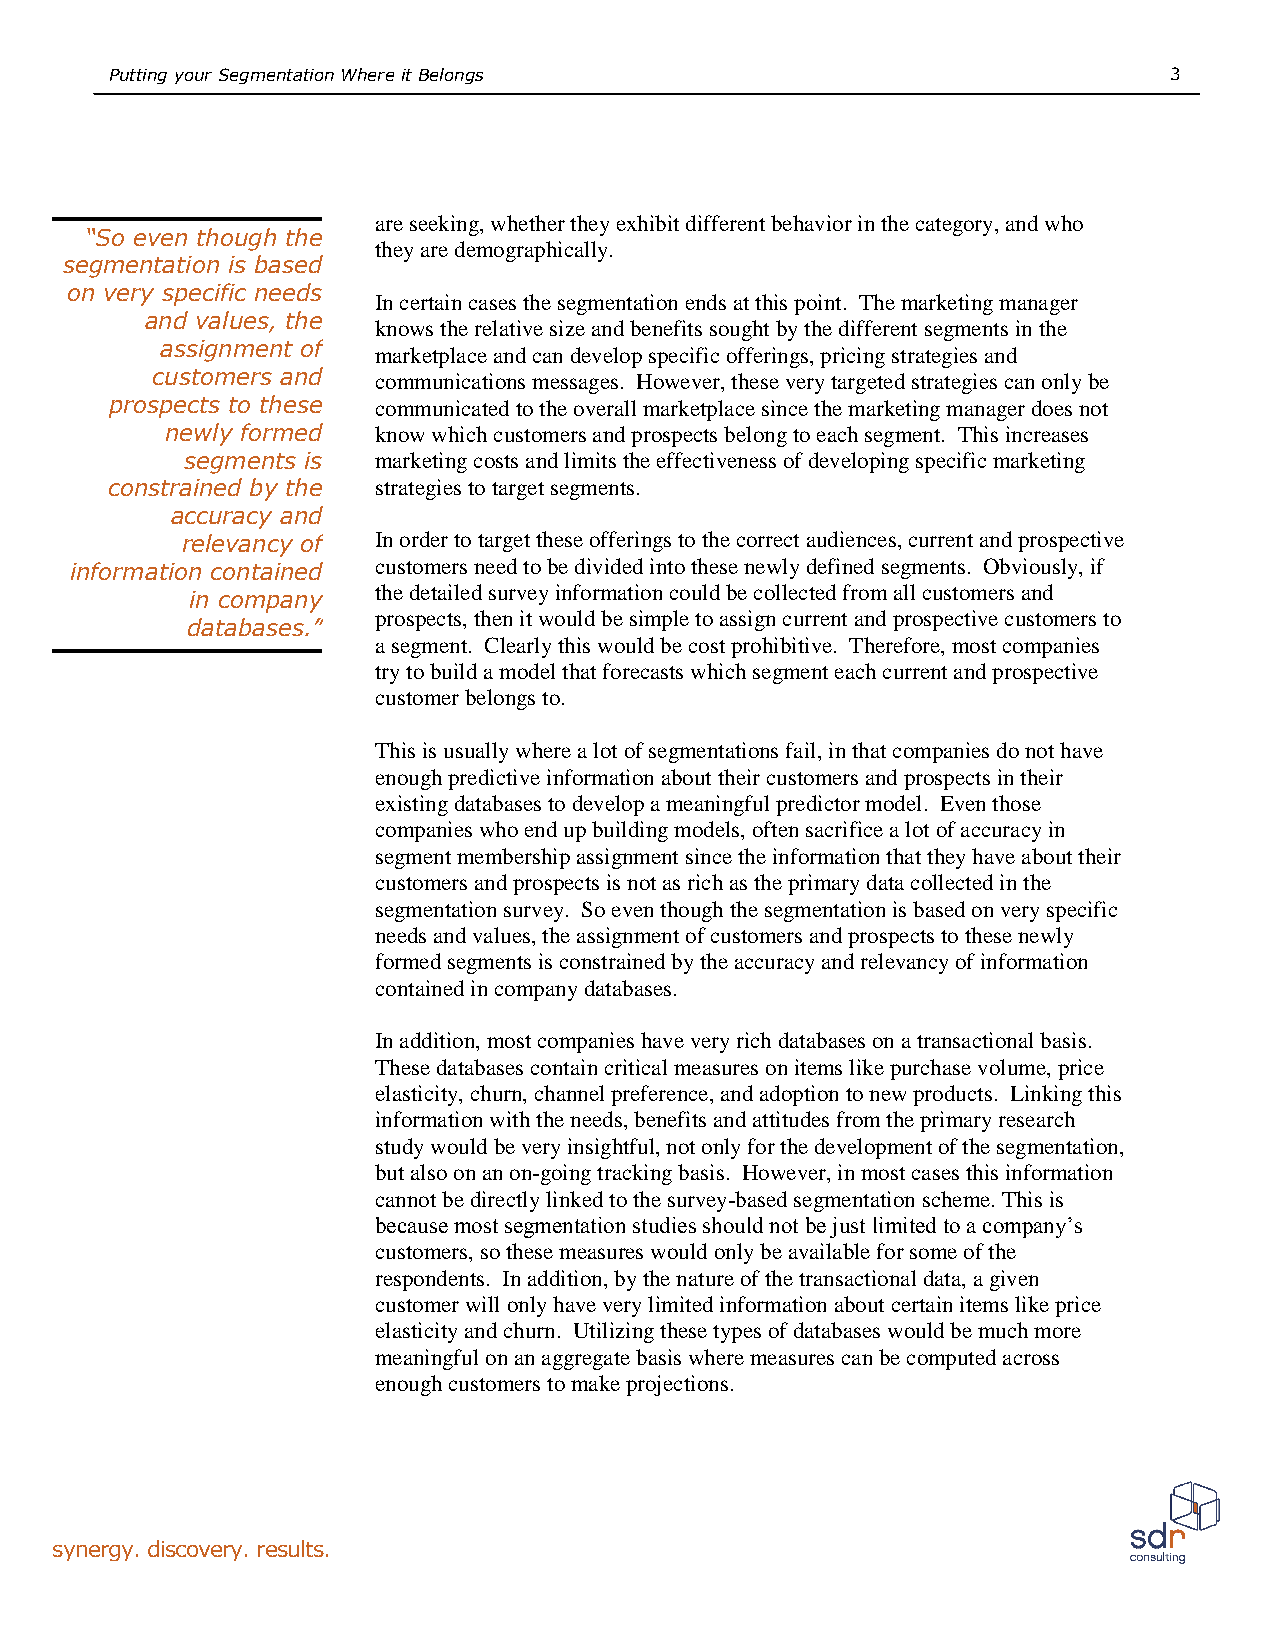
PuttingyourSegmentationWhereitBelongs                                 3
 areseeking,whethertheyexhibitdifferentbehaviorinthecategory,andwho
 “So even though the
 theyaredemographically.
 segmentation is based
 on very specific needs
 Incertaincasesthesegmentationendsatthispoint. Themarketingmanager
 and values, the
 knowstherelativesizeandbenefitssoughtbythedifferentsegmentsinthe
 assignment of marketplaceandcandevelopspecificofferings,pricingstrategiesand
 customers and  communicationsmessages. However,theseverytargetedstrategiescanonlybe
 prospects to these communicatedtotheoverallmarketplacesincethemarketingmanagerdoesnot
 newly formed  knowwhichcustomersandprospectsbelongtoeachsegment. Thisincreases
 segments is  marketingcostsandlimitstheeffectivenessofdevelopingspecificmarketing
 constrained by the strategiestotargetsegments.
 accuracy and
 relevancy of Inordertotargettheseofferingstothecorrectaudiences,currentandprospective
 customersneedtobedividedintothesenewlydefinedsegments. Obviously,if
 information contained
 thedetailedsurveyinformationcouldbecollectedfromallcustomersand
 in company
 prospects,thenitwouldbesimpletoassigncurrentandprospectivecustomersto
 databases.”
 asegment. Clearlythiswouldbecostprohibitive. Therefore,mostcompanies
 trytobuildamodelthatforecastswhichsegmenteachcurrentandprospective
 customerbelongsto.
 Thisisusuallywherealotofsegmentationsfail,inthatcompaniesdonothave
 enoughpredictiveinformationabouttheircustomersandprospectsintheir
 existingdatabasestodevelopameaningfulpredictormodel. Eventhose
 companieswhoendupbuildingmodels,oftensacrificealotofaccuracyin
 segmentmembershipassignmentsincetheinformationthattheyhaveabouttheir
 customersandprospectsisnotasrichastheprimarydatacollectedinthe
 segmentationsurvey. Soeventhoughthesegmentationisbasedonveryspecific
 needsandvalues,theassignmentofcustomersandprospectstothesenewly
 formedsegmentsisconstrainedbytheaccuracyandrelevancyofinformation
 containedincompanydatabases.
 Inaddition,mostcompanieshaveveryrichdatabasesonatransactionalbasis.
 Thesedatabasescontaincriticalmeasuresonitemslikepurchasevolume,price
 elasticity,churn,channelpreference,andadoptiontonewproducts. Linkingthis
 informationwiththeneeds,benefitsandattitudesfromtheprimaryresearch
 studywouldbeveryinsightful,notonlyforthedevelopmentofthesegmentation,
 butalsoonanon-goingtrackingbasis. However,inmostcasesthisinformation
 cannotbedirectlylinkedtothesurvey-basedsegmentationscheme.Thisis
 because most segmentation studies should not be just limited to a company’s
 customers,sothesemeasureswouldonlybeavailableforsomeofthe
 respondents. Inaddition,bythenatureofthetransactionaldata,agiven
 customerwillonlyhaveverylimitedinformationaboutcertainitemslikeprice
 elasticityandchurn. Utilizingthesetypesofdatabaseswouldbemuchmore
 meaningfulonanaggregatebasiswheremeasurescanbecomputedacross
 enoughcustomerstomakeprojections.
 synergy.discovery.results.